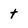
Character: t